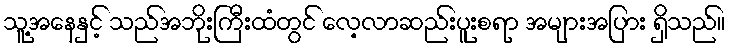
သူ့အနေနှင့် သည်အဘိုးကြီးထံတွင် လေ့လာဆည်းပူးစရာ အများအပြား ရှိသည်။